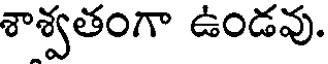
శాశ్వతంగా ఉండవు.